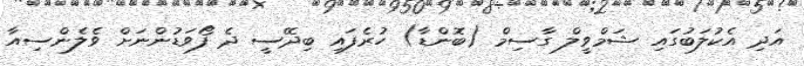
އަދި އެކުލަބުގައި ޝަމްވީލް ގާސިމް (ބޮންޑާ) ހުރެފައި ބިދޭސީ ދެ ފޯވަޑުންނަށް ވެލެންސިއާ